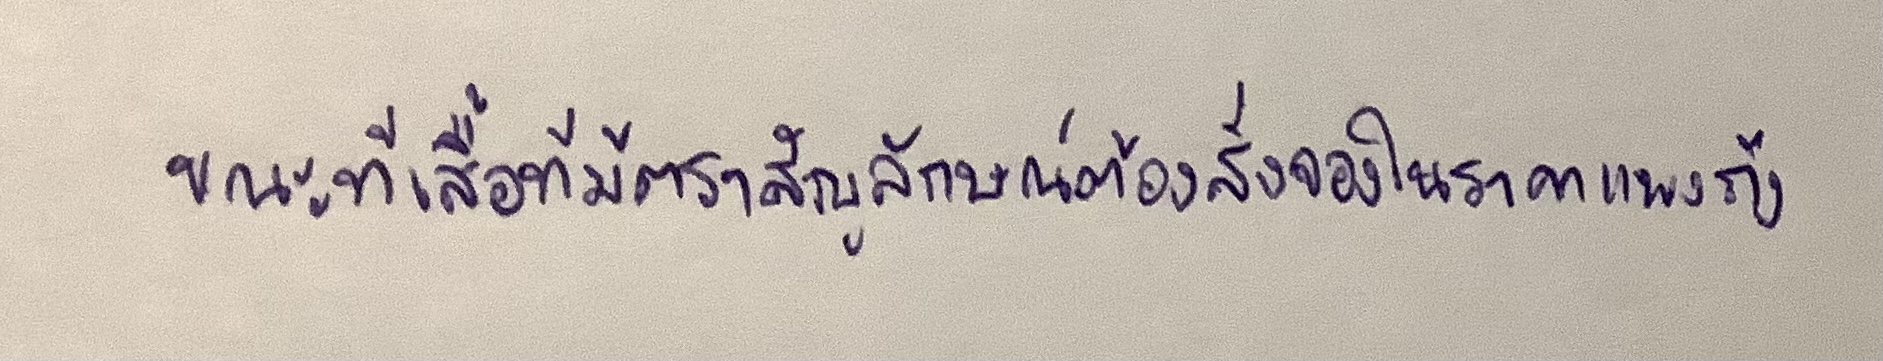
ขณะที่เสื้อที่มีตราสัญลักษณ์ต้องสั่งจองในราคาแพงถึง